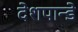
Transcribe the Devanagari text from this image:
देशपान्डे